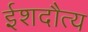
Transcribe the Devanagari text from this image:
ईशदौत्य